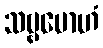
သဗ္ဗမောဟံ